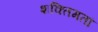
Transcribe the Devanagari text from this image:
शक्तिमतां